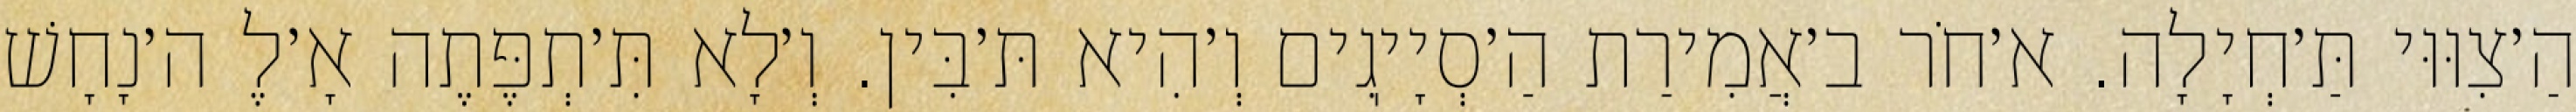
הַ׳צִוּוּי תַּ׳חְיָלָה. א׳חֹר ב׳אֲמִירַת הַ׳סְיָיֽגִים וְ׳הִיא תּ׳בִּין. וְ׳לָא תִּ׳תְפֶּתֶה אָ׳לֶ ה׳נָחָשׁ